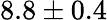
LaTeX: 8.8\pm 0.4